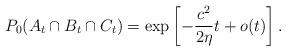
LaTeX: \begin{align*} P_0(A_t\cap B_t \cap C_t)=\exp\left[-\frac{c^2}{2\eta}t+o(t)\right]. \end{align*}